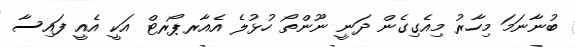
ބުނާނަމަ މިހާރު މިއެގިގެން ދަނީ ނޫންތޯ ހުޅުލެ އެއާރޕޯރޓް އަކީ އެއީ ފައިސާ